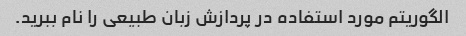
الگوریتم مورد استفاده در پردازش زبان طبیعی را نام ببرید.